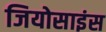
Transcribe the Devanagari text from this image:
जियोसाइंस